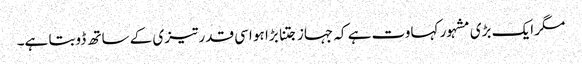
مگر ایک بڑی مشہور کہاوت ہے کہ جہاز جتنا بڑا ہو اسی قدر تیزی کے ساتھ ڈوبتا ہے۔